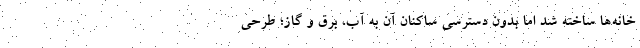
خانه‌ها ساخته شد اما بدون دسترسی ساکنان آن به آب، برق و گاز؛ طرحی